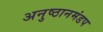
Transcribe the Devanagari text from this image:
अनुष्ठानमंडप